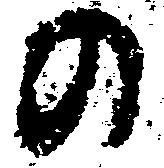
の